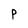
Character: P